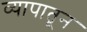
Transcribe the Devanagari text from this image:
व्यापातून